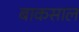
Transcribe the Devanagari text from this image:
बाकसाल